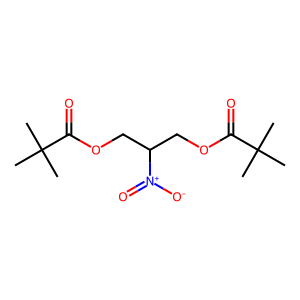
SMILES: CC(C)(C)C(=O)OCC(COC(=O)C(C)(C)C)[N+](=O)[O-]
Inhibits HIV replication: No